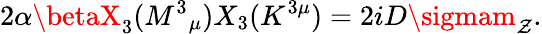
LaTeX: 2\alpha\betaX_{3}(M^{3}{}_{\mu})X_{3}(K^{3\mu})=2iD\sigmam_{\mathcal{Z}}.